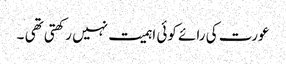
عورت کی رائے کوئی اہمیت نہیں رکھتی تھی ۔